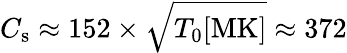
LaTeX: C_{\mathrm{s}}\approx 152\times\sqrt{T_{0}[\mathrm{MK}]}\approx 372